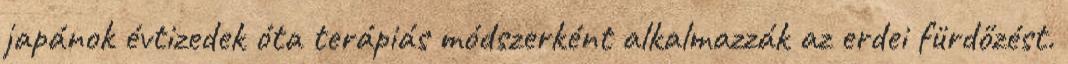
japánok évtizedek óta terápiás módszerként alkalmazzák az erdei fürdőzést.